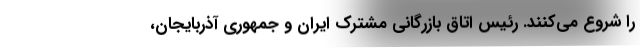
را شروع می‌کنند. رئیس اتاق بازرگانی مشترک ایران و جمهوری آذربایجان،